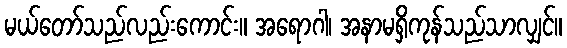
မယ်တော်သည်လည်းကောင်း။ အရောဂါ၊ အနာမရှိကုန်သည်သာလျှင်။